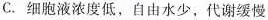
C.细胞液浓度低，自由水少，代谢缓慢